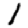
Digit: 1